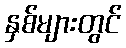
နှစ်များတွင်